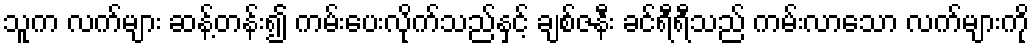
သူက လက်များ ဆန့်တန်း၍ ကမ်းပေးလိုက်သည်နှင့် ချစ်ဇနီး ခင်ရီရီသည် ကမ်းလာသော လက်များကို